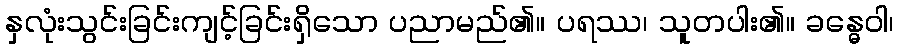
နှလုံးသွင်းခြင်းကျင့်ခြင်းရှိသော ပညာမည်၏။ ပရဿ၊ သူတပါး၏။ ခန္ဓေဝါ၊